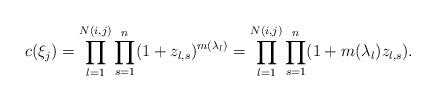
LaTeX: \begin{align*}c(\xi_j)&=\prod_{l=1}^{N(i,j)}\prod_{s=1}^n (1+z_{l,s})^{m(\lambda_l)}=\prod_{l=1}^{N(i,j)}\prod_{s=1}^n (1+m(\lambda_l)z_{l,s}).\end{align*}